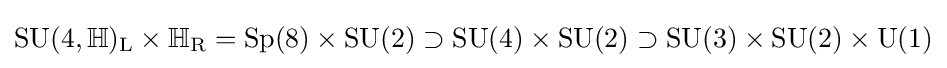
\mathrm {SU(4,\mathbb {H} )_{L}\times \mathbb {H} _{R}=Sp(8)\times SU(2)\supset SU(4)\times SU(2)\supset SU(3)\times SU(2)\times U(1)}